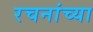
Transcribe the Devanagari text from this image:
रचनांच्या